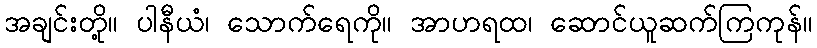
အချင်းတို့။ ပါနီယံ၊ သောက်ရေကို။ အာဟရထ၊ ဆောင်ယူဆက်ကြကုန်။